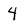
Character: 4